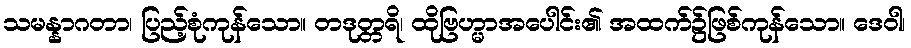
သမန္နာဂတာ၊ ပြည့်စုံကုန်သော။ တဒုတ္တရိ၊ ထိုဗြဟ္မာအပေါင်း၏ အထက်၌ဖြစ်ကုန်သော။ ဒေဝါ၊